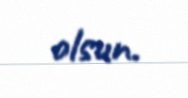
olsun.